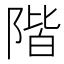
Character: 階